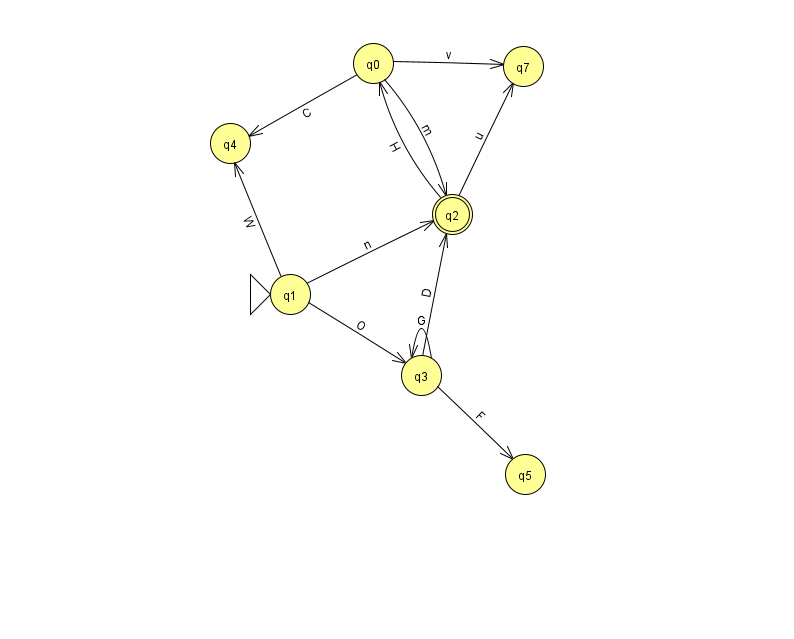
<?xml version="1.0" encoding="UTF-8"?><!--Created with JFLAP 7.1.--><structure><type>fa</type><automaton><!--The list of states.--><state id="0" name="q0"><x>373.0</x><y>50.0</y></state><state id="1" name="q1"><x>290.0</x><y>281.0</y><initial/></state><state id="2" name="q2"><x>452.0</x><y>201.0</y><final/></state><state id="3" name="q3"><x>421.0</x><y>362.0</y></state><state id="4" name="q4"><x>230.0</x><y>130.0</y></state><state id="5" name="q5"><x>525.0</x><y>461.0</y></state><state id="7" name="q7"><x>523.0</x><y>53.0</y></state><!--The list of transitions.--><transition><from>0</from><to>2</to><read>m</read></transition><transition><from>1</from><to>2</to><read>n</read></transition><transition><from>3</from><to>5</to><read>F</read></transition><transition><from>2</from><to>7</to><read>u</read></transition><transition><from>2</from><to>0</to><read>H</read></transition><transition><from>3</from><to>3</to><read>G</read></transition><transition><from>1</from><to>4</to><read>W</read></transition><transition><from>0</from><to>7</to><read>v</read></transition><transition><from>3</from><to>2</to><read>D</read></transition><transition><from>0</from><to>4</to><read>C</read></transition><transition><from>1</from><to>3</to><read>O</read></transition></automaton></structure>